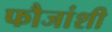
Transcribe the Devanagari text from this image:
फौजांशी